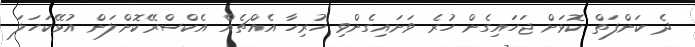
ދެ ކަންފަތް ކޮޅަށް ޖަހައިގެން ހުރެ ވަށައިގެންވި ހުރިހާ އެއްޗެއް އެކްސްރޭކޮށްލަން އުޅޭކަހަލަ